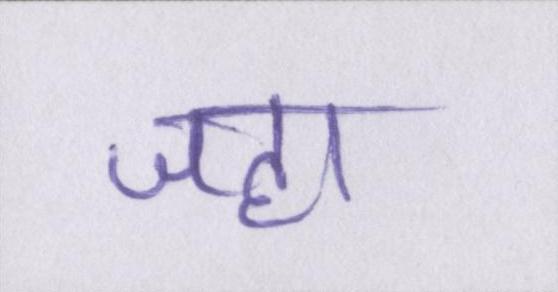
जहा